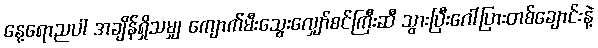
နေ့ရောညပါ အချိန်ရှိသမျှ ကျောက်မီးသွေးလျှော်စင်ကြီးဆီ သွားပြီးဂေါ်ပြားတစ်ချောင်းနဲ့